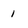
Character: 1